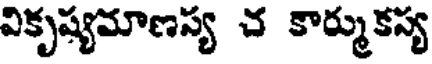
వికృష్యమాణస్య చ కార్ముకస్య